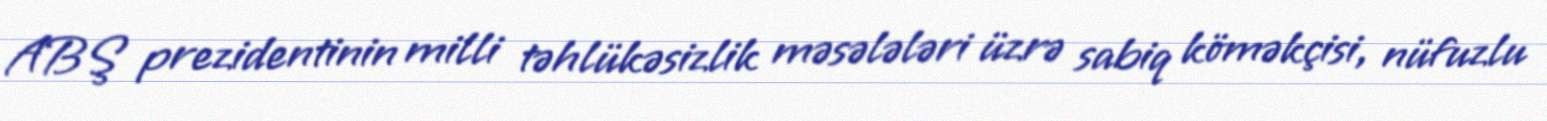
ABŞ prezidentinin milli təhlükəsizlik məsələləri üzrə sabiq köməkçisi, nüfuzlu